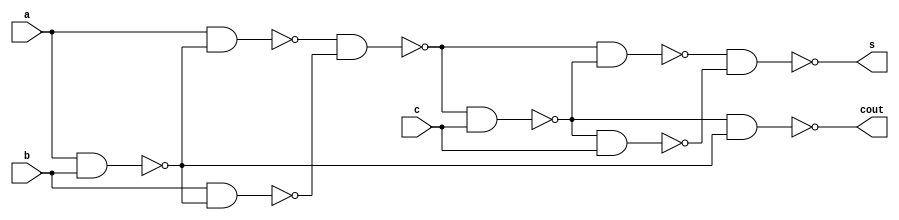
//full adder using NAND gate
module ex2(input a,b,c ,output s,cout);
wire w1,w2,w3,w4,w5,w6,w7;

//sum
nand(w1,a,b);
nand(w2,a,w1);
nand(w3,b,w1);
nand(w4,w2,w3);
nand(w5,w4,c);
nand(w6,w4,w5);
nand(w7,w5,c);
nand(s,w6,w7);

//carry
nand(cout,w5,w1);

endmodule


module tb;
reg a,b,c;
wire s,cout;
ex2 i1(a,b,c,s,cout);
initial begin
$display(" \t\t      abc  sum  carry ");
$monitor($time,"  %b%b%b   %b    %b",a,b,c,s,cout);
#0 a=0;b=0;c=0; 
#10 a=0;b=0;c=1; 
#10 a=0;b=1;c=0; 
#10 a=0;b=1;c=1; 
#10 a=1;b=0;c=0; 
#10 a=1;b=0;c=1; 
#10 a=1;b=1;c=0; 
#10 a=1;b=1;c=1; 
end
endmodule